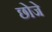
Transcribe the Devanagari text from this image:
छोजे